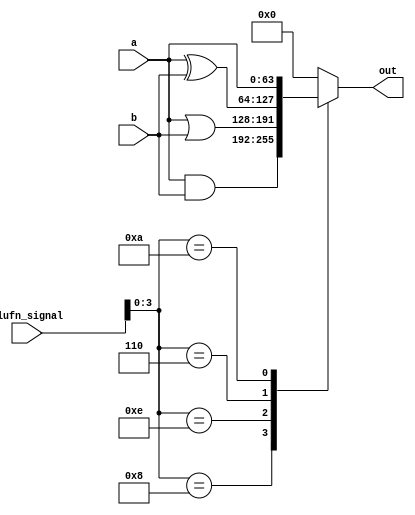
/*
   This file was generated automatically by Alchitry Labs version 1.2.7.
   Do not edit this file directly. Instead edit the original Lucid source.
   This is a temporary file and any changes made to it will be destroyed.
*/

module boolean_25 (
    input [63:0] a,
    input [63:0] b,
    input [5:0] alufn_signal,
    output reg [63:0] out
  );
  
  
  
  always @* begin
    
    case (alufn_signal[0+3-:4])
      4'h8: begin
        out = a & b;
      end
      4'he: begin
        out = a | b;
      end
      4'h6: begin
        out = a ^ b;
      end
      4'ha: begin
        out = a;
      end
      default: begin
        out = 64'h0000000000000000;
      end
    endcase
  end
endmodule